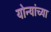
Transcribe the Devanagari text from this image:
योन्यांच्या